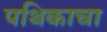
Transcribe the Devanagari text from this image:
पथिकाचा